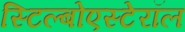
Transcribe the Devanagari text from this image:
स्टिल्बोएस्टेरॉल